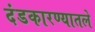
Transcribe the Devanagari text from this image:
दंडकारण्यातले